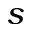
s